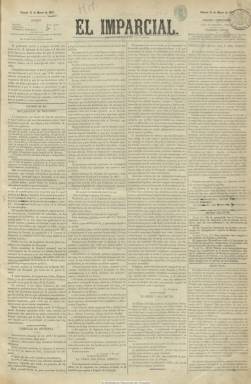
Título: El Imparcial (Madrid. 1867)
Colección: Periódicos
Ámbito geográfico: Madrid
Lugar de publicación: Madrid
Fechas: 01/01/1867-30/05/1933

Considerado como el periódico más influyente en España en el último tercio del siglo diecinueve y primeros años del veinte, es fundado por Eduardo Gasset y Artime (1832-1884), apareciendo su primer número el 16 de marzo de 1867, como diario vespertino (hasta abril de 1868 no será matutino) de carácter informativo alejado del doctrinarismo propio de los periódicos de partido y fuertemente ideologizados, que llegará a ser considerado como el principal periódico de los que iniciaron la gran transformación de la moderna prensa española.

Desde una zona templada, nace afín a la Unión Liberal y como opositor al gobierno del general Ramón María Narváez, sufriendo suspensiones en su primer año de vida, como la que va del 11 al 22 de mayo. Desde sus columnas se gestará la coalición de liberales, progresistas, demócratas y antidinásticos que propiciarán la Septembrina, convirtiéndose en el órgano más influyente del Sexenio Democrático, como refleja el aumento de su tirada, desde el medio millar de ejemplares diarios iniciales a los 18.000, alcanzando al final de este periodo los 40.000, una de las cifras de circulación más altas en la prensa española de la época, convirtiéndose en el diario favorito de los lectores, a la vez que el más barato.

Con el diario de Gasset se va a acentuar el periodismo español de una forma considerable, en palabras de Asenjo y, según Seoane, se consolidará el periodismo noticioso y empresarial de calidad, mezcla de un cuidado aspecto informativo moderno y ambicioso, a medio camino entre la asepsia y los extremismos, y de una opinión democrática. Convertida su imprenta en centro de propaganda de la Septembrina, será el más firme apoyo de Amadeo I y reconocerá a la I República, al tiempo que inicia el desbancamiento de su rival, el ecléctico diario La correspondencia de España, que desde 1859 venía siendo el hegemónico.

Clásico diario de cuatro páginas a varias columnas y tipografía menuda y sin alardes, en la primera incluía dos o tres artículos de fondo, así como la crónica diaria. Contaba también con una sección de Miscelánea política o Revista de prensa. Daba amplio espacio a los despachos telegráficos internacionales que servía la agencia Havas a través de Fabra. Contaba con las secciones oficial, y de noticias del interior, exterior y ultramar, mercantil e industrial, bibliografía, espectáculos, amena y de variedades. Asimismo, publicaba el ya consolidado folletín en el tercio inferior de las primeras páginas, y dejaba la cuarta plana para los anuncios publicitarios, que al principio habían ocupado poco espacio.

Entre sus redactores se encontraron Mariano Araús (mano derecha de Eduardo Gasset), Ángel Castro y Blanc, Isidoro Fernández Flórez (Fernanflor), Manuel Fernández Martín, Rafael García Santisteban y José Echegaray, entre otros.

Al final del periodo democrático, el 27 de abril de 1874, comenzará a publicar Los lunes de El imparcial, que alcanzará la cima de la fama de los suplementos semanales literarios de todos los tiempos, con artículos de divulgación científica, crítica literaria, teatral y de arte y de creación, en el que se darán cita las mejores plumas del país, al frente del cual se pondrá Fernández Flórez.

Hostil al principio a la Restauración, termina integrándose en un “realismo político”, manteniendo su independencia desde una posición liberal amplia, según palabras de Seoane, y situándose frente al otro gran diario, el dinástico y canovista La época.  Sin embargo, su integración plena en el sistema forzará a sus dos principales periodistas, Araús y Fernández Flórez, liderar una primera escisión que originará la fundación, en 1879, de El liberal, que competirá desde una posición ideológica republicana y más a la izquierda.

Como gran órgano de opinión y una de las más importantes empresas periodísticas de la Restauración, El imparcial seguirá siendo uno de los diarios de mayor prestigio y circulación, dando la nota más intelectual de la prensa nacional. Su gran editorialista político por antonomasia será Manuel Troyano. Incorpora nuevos redactores, como Andrés Mellado, Mariano de Cavia o Eugenio Rodríguez de Escalera (Montecristo), uno de los principales cronistas sociales de la época, y José Ortega y Munilla, futuro yerno del fundador, tomará la dirección de Los lunes… La calidad de sus artículos políticos, económicos y literarios afianzará su influencia, de tal modo que se dirá que un artículo del diario puede llegar a derribar un gobierno, mientras que publicar en su suplemento literario se convierte en la mayor pretensión de los escritores españoles. En las páginas de Los lunes... se darán cita, entre otros, los principales escritores de la Restauración y los que más tarde integrarán la nómina de lo que se denominará generación del 98. Nos referimos a Juan Valera, Federico Balart, Manuel del Palacio, Ramón de Campoamor, Emilia Pardo Bazán, Jacinto Octavio Picón, Leopoldo Alas Clarín, Ramón María del Valle Inclán, Miguel de Unamuno, Jacinto Benavente, Pío Baroja, Ramón Pérez de Ayala, Ramiro de Maeztu, Azorín…

Con la muerte del fundador, su hijo Rafael Gasset Chinchilla (1866-1927) había tomado la dirección de diario en 1884, quien en 1897 se incorporará al grupo regeneracionista de Camilo García Polavieja (que a su vez se suma al conservador Francisco Silvela) y seguidamente al de Raimundo Fernández Villaverde, a la vez que hará desde el diario una oposición al partido liberal de Práxedes Mateo Sagasta. Y cuando sea nombrado ministro en 1900, le sustituirá al frente del periódico su cuñado José Ortega Munilla (1856-1922), reconvirtiéndose el diario en defensor del nuevo jefe del Partido Liberal, Segismundo Moret, y tras un breve periodo de oposición pasará a defender al liberal progresista José Canalejas. Estos vaivenes harán perder el prestigio de independencia del diario, aunque mantiene el de su suplemento semanal y, de los 140.000 ejemplares diarios en torno a 1900, momento que alcanza el cénit de su popularidad y circulación, pasa a los 80.000 en 1906.

En mayo de este año será incorporado, junto a El liberal, el Heraldo de Madrid y otros periódicos de provincias, a la Sociedad Editorial de España, ocupando El imparcial el ala derecha del trust empresarial de la prensa liberal española. Luis Bermúdez de Castro será su nuevo director durante 1906-1907 y Luis López Ballesteros, desde 1908 a 1913.

Durante la primera guerra mundial comenzará siendo neutral, mostrando Benavente su germanofilia y Ciges Aparicio, como corresponsal en París, su aliadofilia, pasándose al final al lado alemán mediante la correspondiente subvención.

En 1916 se separa de la Sociedad Editorial de España al mismo tiempo que se precipita su decadencia, pasando un año después a La Papelera Española, de Nicolás María de Urgoiti, siendo nombrado director Félix Lorenzo. La actitud del diario ante el fenómeno de las Juntas de Defensa y el artículo publicado por José Ortega y Gasset (nieto del fundador) en junio de 1917, en el que difunde severos juicios contra la dinastía y reclama cortes constituyentes, propiciarán a final de este año la fundación de El Sol, al que marchan sus más prestigiosos redactores y colaboradores, entre ellos Mariano de Cavia y Félix Lorenzo, que tomará la dirección del nuevo diario de Urgoiti.

Durante la dictadura primorriverista el diario ya se encuentra en la más absoluta postración y agonía, el número de suscriptores son 9.000 y apenas 1.500 ejemplares tienen venta callejera. En abril d 1927, de nuevo, Rafael Gasset y su familia se deshacen del diario, y un año después será constituida Editorial Española, S.A., para la edición del periódico, siendo su propietario el Banco de la Construcción, desapareciendo en 1933, tras su dilatada, próspera e influyente existencia.